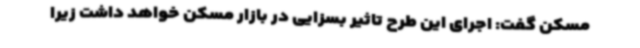
مسکن گفت: اجرای این طرح تاثیر بسزایی در بازار مسکن خواهد داشت زیرا